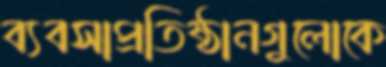
ব্যবসাপ্রতিষ্ঠানগুলোকে